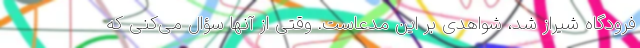
فرودگاه شیراز شد، شواهدی بر این مدعاست. وقتی از آنها سؤال می‌کنی که